Theory and practice of anti-rabic immunisation - Number 30
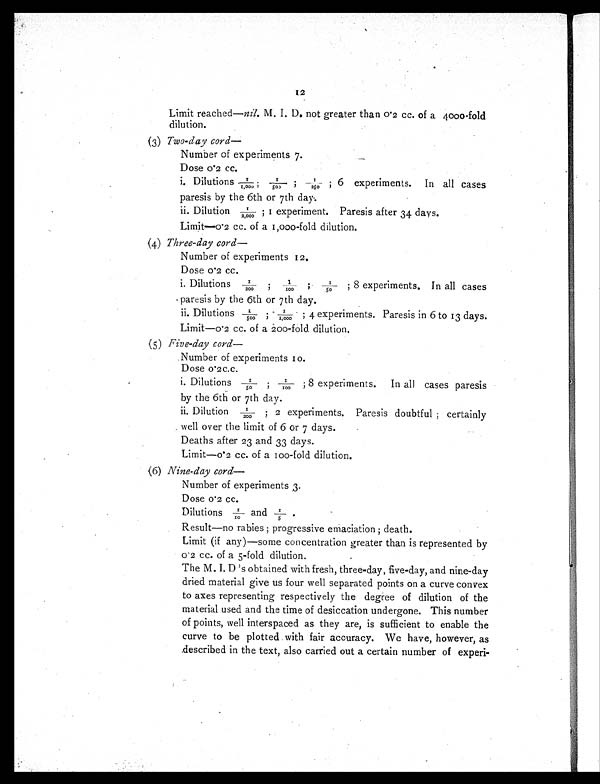
12
Limit reached—nil. M. I. D. not greater than 0 . 2 cc. of a 4000-fold
dilution.
(3) Two-day cord—
Number of experiments 7.
Dose 0.2 cc.
i. Dilutions 1/1,000 ; 1/500 ; 1/250 ; 6 experiments. In all cases
paresis by the 6th or 7th day.
ii. Dilution 1/2,000 ; 1 experiment. Paresis after 34 days.
Limit.—0.2 cc. of a 1,000-fold dilution.
(4) Three-day cord—
Number of experiments 12.
Dose 0.2 cc.
i. Dilutions 1/200 ; 1/100 ; 1/50 ; 8 experiments. In all cases
paresis by the 6th or 7th day.
ii. Dilutions 1/500 ; 1/1,000 ; 4 experiments. Paresis in 6 to 13 days.
Limit—0.2 cc. of a 200-fold dilution.
(5) Five-day cord—
Number of experiments 10.
Dose 0. 2c.c.
i. Dilutions 1/50 ; 1/100 ; 8 experiments.
In all cases paresis
by the 6th or 7th day.
ii. Dilution 1/200 ; 2 experiments. Paresis doubtful ; certainly
well over the limit of 6 or 7 days.
Deaths after 23 and 33 days.
Limit—0.2 cc. of a 100-fold dilution.
(6) Nine-day cord—
Number of experiments 3.
Dose 0.2 cc.
Dilutions 1/10 and 1/5
Result—no rabies ; progressive emaciation ; death.
Limit (if any)—some concentration greater than is represented by
0.2 cc. of a 5-fold dilution.
The M. I. D 's obtained with fresh, three-day, five-day, and nine-day
dried material give us four well separated points on a curve convex
to axes representing respectively the degree of dilution of the
material used and the time of desiccation undergone. This number
of points, well interspaced as they are, is sufficient to enable the
curve to be plotted with fair accuracy. We have, however, as
described in the text, also carried out a certain number of experi-